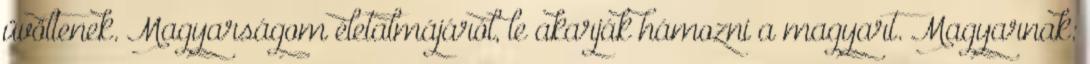
üvöltenek. Magyarságom életalmájáról, le akarják hámozni a magyart. Magyarnak: